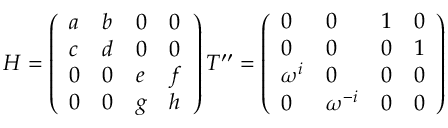
\begin{array} { c } { { H = \left( \begin{array} { l l l l } { { a } } & { { b } } & { { 0 } } & { { 0 } } \\ { { c } } & { { d } } & { { 0 } } & { { 0 } } \\ { { 0 } } & { { 0 } } & { { e } } & { { f } } \\ { { 0 } } & { { 0 } } & { { g } } & { { h } } \end{array} \right) T ^ { \prime \prime } = \left( \begin{array} { l l l l } { { 0 } } & { { 0 } } & { { 1 } } & { { 0 } } \\ { { 0 } } & { { 0 } } & { { 0 } } & { { 1 } } \\ { { \omega ^ { i } } } & { { 0 } } & { { 0 } } & { { 0 } } \\ { { 0 } } & { { \omega ^ { - i } } } & { { 0 } } & { { 0 } } \end{array} \right) } } \end{array}